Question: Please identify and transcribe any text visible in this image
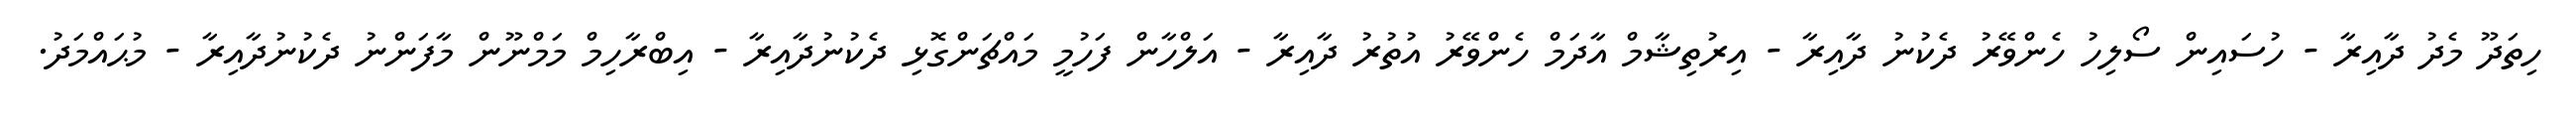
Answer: ހިތަދޫ މެދު ދާއިރާ - ހުސައިން ސޯލިހު ހެންވޭރު ދެކުނު ދާއިރާ - އިރުތިޝާމް އާދަމް ހެންވޭރު އުތުރު ދާއިރާ - އަލްހާން ފަހުމީ މައްޗަންގޮޅި ދެކުނުދާއިރާ - އިބްރާހިމް މަމްނޫން މާފަންނު ދެކުނުދާއިރާ - މުޙައްމަދު.